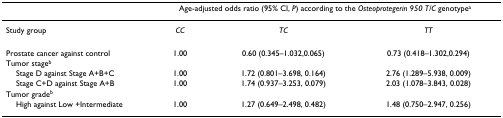
<table><thead><tr><td></td><td colspan="3"><b>Age-adjusted odds ratio (95% CI, <i>P</i>) according to the <i>Osteoprotegerin 950 T/C </i>genotype<sup>a</sup></b></td></tr></thead><tbody><tr><td>Study group</td><td><i>CC</i></td><td><i>TC</i></td><td><i>TT</i></td></tr><tr><td>Prostate cancer against control</td><td>1.00</td><td>0.60 (0.345–1.032,0.065)</td><td>0.73 (0.418–1.302,0.294)</td></tr><tr><td>Tumor stage<sup>b</sup></td><td></td><td></td><td></td></tr><tr><td> Stage D against Stage A+B+C</td><td>1.00</td><td>1.72 (0.801–3.698, 0.164)</td><td>2.76 (1.289–5.938, 0.009)</td></tr><tr><td> Stage C+D against Stage A+B</td><td>1.00</td><td>1.74 (0.937–3.253, 0.079)</td><td>2.03 (1.078–3.843, 0.028)</td></tr><tr><td>Tumor grade<sup>b</sup></td><td></td><td></td><td></td></tr><tr><td> High against Low +Intermediate</td><td>1.00</td><td>1.27 (0.649–2.498, 0.482)</td><td>1.48 (0.750–2.947, 0.256)</td></tr></tbody></table>